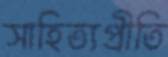
সাহিত্যপ্রীতি